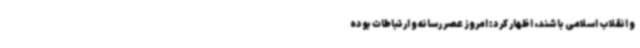
و انقلاب اسلامی باشند، اظهار کرد: امروز عصر رسانه و ارتباطات بوده